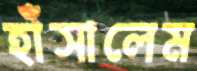
হাঁসালেম